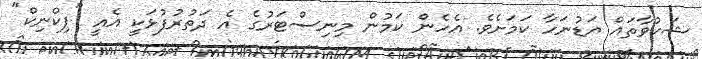
ޝަކުވާތައް އަޑުނަހާ ކަމަށެވެ. އެހެން ކަމުން މިނިސްޓަރުގެ އެ ދަތުރުފުޅަކީ އެއީ "ޕިކްނިކް"